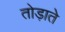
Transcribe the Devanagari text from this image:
तोड़ाते